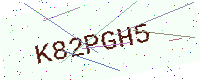
Text: K82PGH5